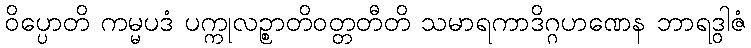
ဝိပ္ပောတိ ကမ္မပဒံ ပက္ကုလဉ္စာတိဝတ္တတီတိ သမာရကာဒိဂ္ဂဟဏေန ဘာရဒွါဇံ